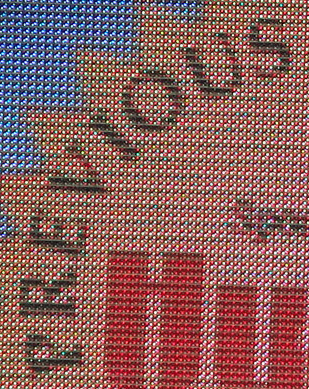
PREVIOUS